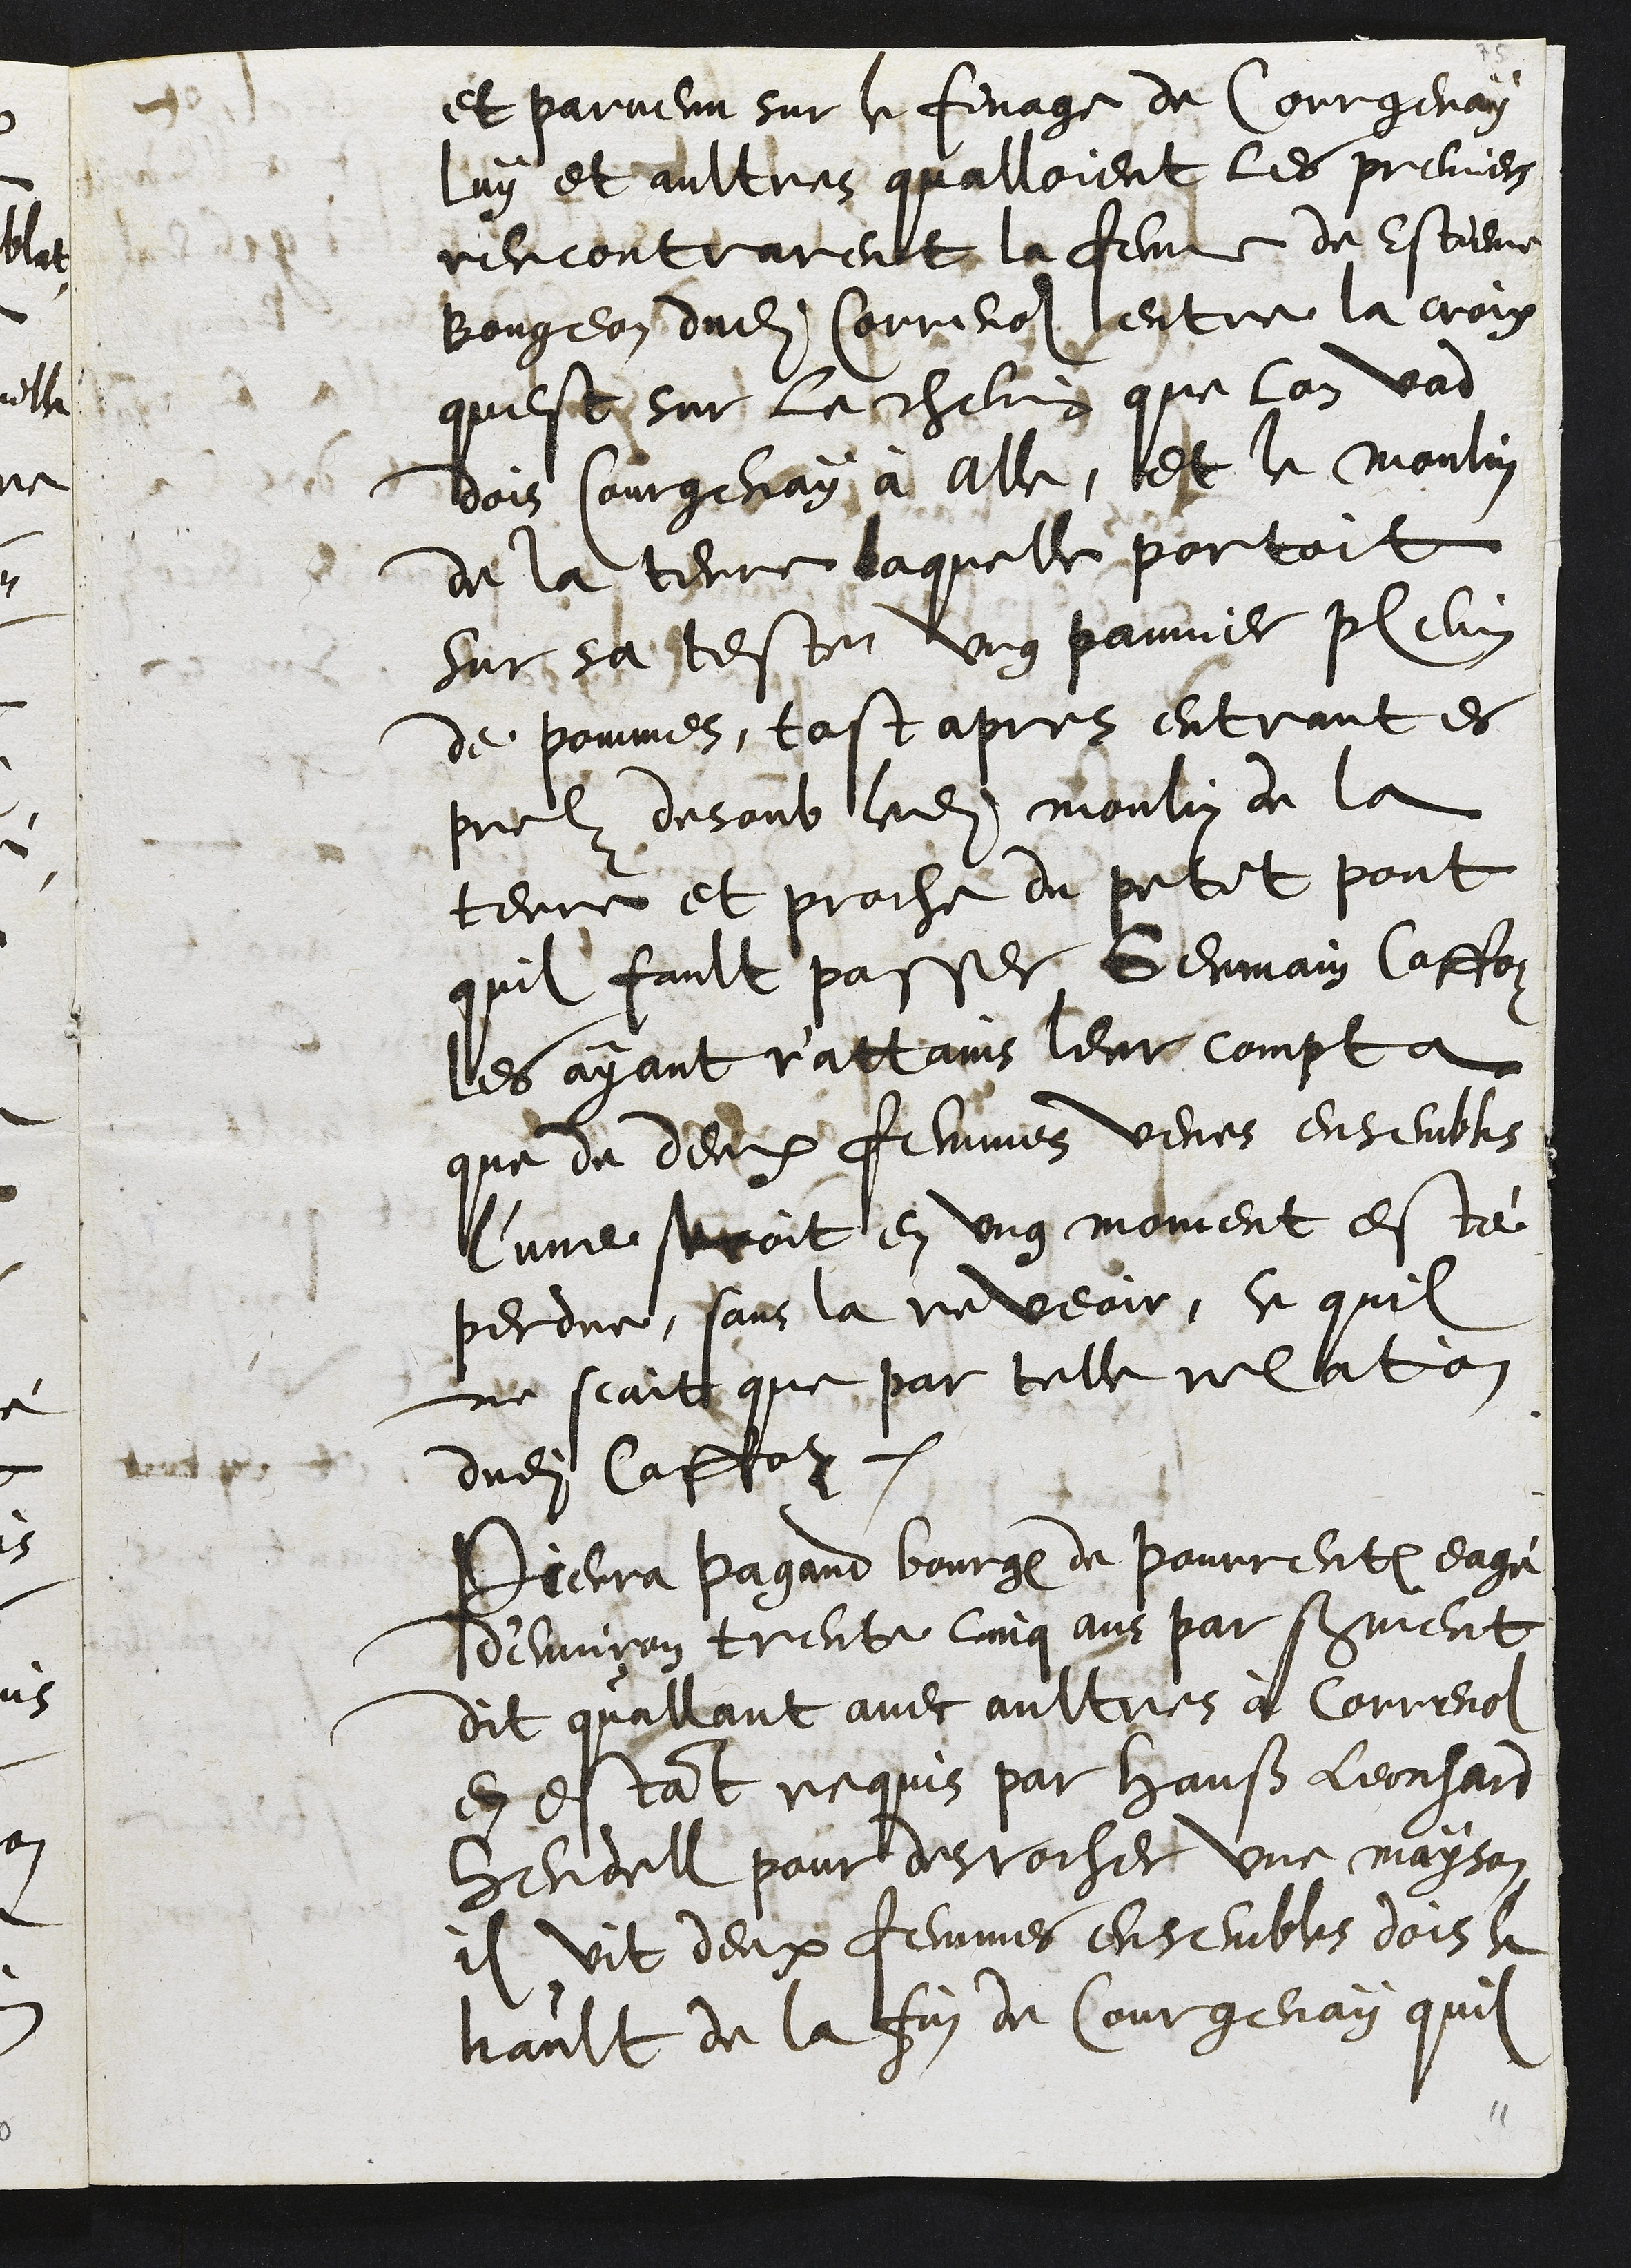
et parvenu sur le finage de Coregenay
luy et aultres qualloient les premiers
rencontrarent la femme de Estiene
Bougean dudit Correnol entre la croix
quest sur le chemin que lon vad
dois Courgenay à Alle, et le moulin
de la terre laquelle portoit
sur sa teste ung pannier plein
de pommes, tost apres entrant es
prelz desoub ledit moulin de la
terre et proche du petit pont
quil fault passer Germain Caffoz
les ayant r'attains leur compta
que de deux femmes veues ensembles
l'une seroit en ung moment esté
perdue, sans la reveoir, ce quil
ne scait que par telle relation
dudit Caffoz.
Pierra Pagand bourgeois de Pourrentruy eagé
d'environ trente cinq ans par serment
dit quallant avec aultres à Correnol
en estant requis par Hanß Leonhard
Hendell pour desrocher une mayson
il vit deux femmes ensembles dois le
hault de la fin de Courgenay quil

11